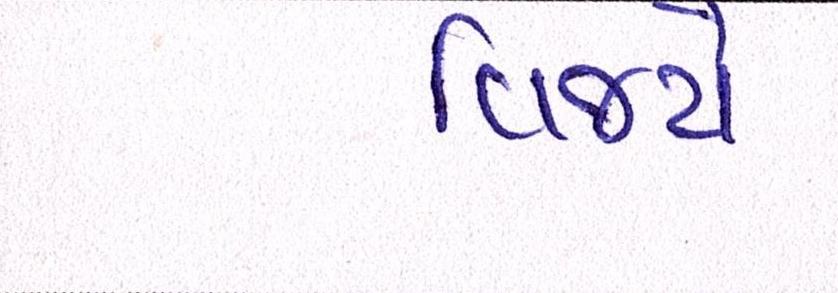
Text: વિજયે